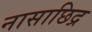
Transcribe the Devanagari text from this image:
नासाछिद्र